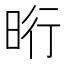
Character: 𣆯